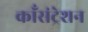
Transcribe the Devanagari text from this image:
काँसंट्रेशन